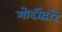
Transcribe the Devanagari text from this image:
मोदींद्वारे